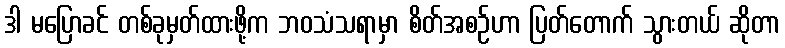
ဒါ မပြောခင် တစ်ခုမှတ်ထားဖို့က ဘဝသံသရာမှာ စိတ်အစဉ်ဟာ ပြတ်တောက် သွားတယ် ဆိုတာ